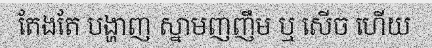
តែងតែ បង្ហាញ ស្នាមញញឹម ឬ សើច ហើយ